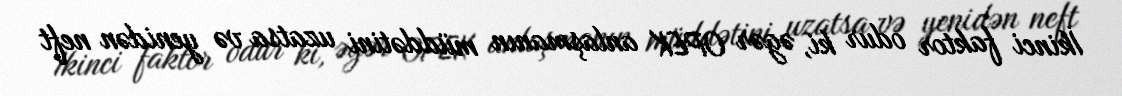
İkinci faktor odur ki, əgər OPEK anlaşmanın müddətini uzatsa və yenidən neft